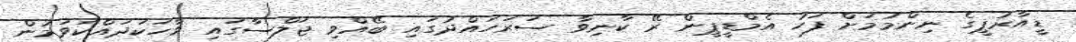
ޑީއާރުޕީގެ ނިންމުމަށް ފަހު އެމްޑީޕީން ރޭ ކާނިވާ ސަރަހައްދުގައި ބޭއްވި ޖަލްސާގައި ވާހަކަދައްކަވަމުން